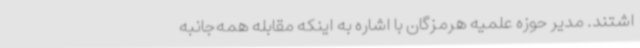
اشتند. مدیر حوزه علمیه هرمزگان با اشاره به اینکه مقابله همه‌جانبه